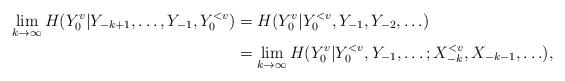
LaTeX: \begin{align*}\lim_{k\to\infty}H(Y_0^v|Y_{-k+1},\ldots,Y_{-1},Y_0^{<v})&=H(Y_0^v|Y_0^{<v},Y_{-1},Y_{-2},\ldots) \\ &=\lim_{k\to\infty}H(Y_0^v|Y_0^{<v},Y_{-1},\ldots;X_{-k}^{<v},X_{-k-1},\ldots),\end{align*}